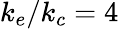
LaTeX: k_{e}/k_{c}=4